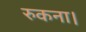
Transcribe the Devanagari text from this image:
रुकना।